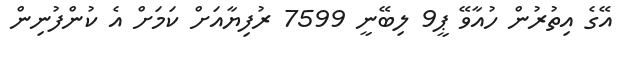
އޭގެ އިތުރުން ހުއާވޭ ޕީ9 ލިބޭނީ 7599 ރުފިޔާއަށް ކަމަށް އެ ކުންފުނިން